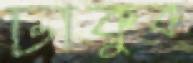
ঢাকুক